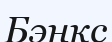
Бэнкс